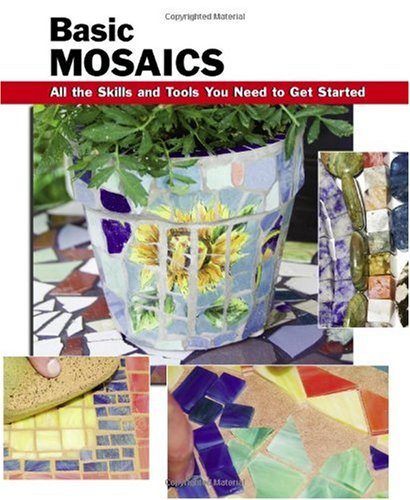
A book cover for Basic Mosaics: All the Skills and Tools You Need to Get Started (How To Basics); Arts & Photography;